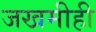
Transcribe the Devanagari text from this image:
जखमीही